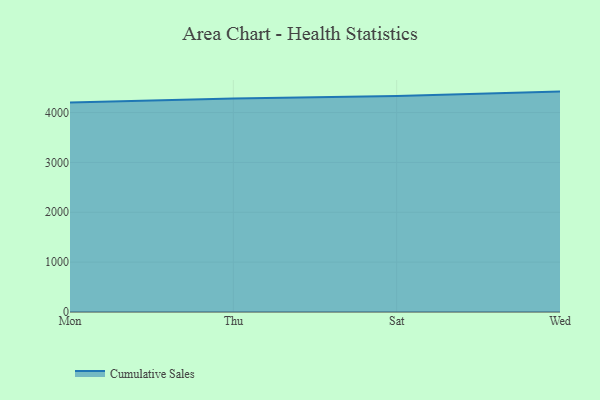
{"axis": {"x": "Day", "y": "Customer Acquisition Cost (USD)"}, "legend": ["Cumulative Sales"], "data": [{"x": "Mon", "y": 4202.9, "type": "Cumulative Sales"}, {"x": "Thu", "y": 4280.0, "type": "Cumulative Sales"}, {"x": "Sat", "y": 4333.3, "type": "Cumulative Sales"}, {"x": "Wed", "y": 4420.7, "type": "Cumulative Sales"}]}